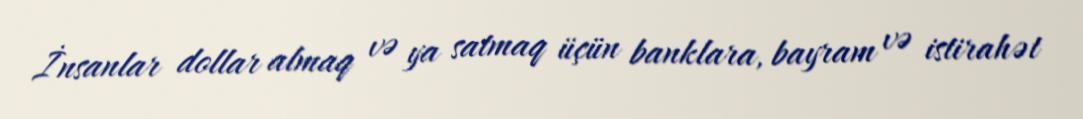
İnsanlar dollar almaq və ya satmaq üçün banklara, bayram və istirahət